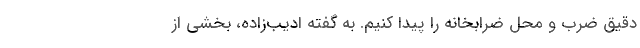
دقیق ضرب و محل ضرابخانه را پیدا کنیم. به گفته ادیب‌زاده، بخشی از